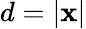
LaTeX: d=|\mathbf{x}|